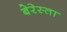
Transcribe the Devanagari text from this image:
बेरेस्ता